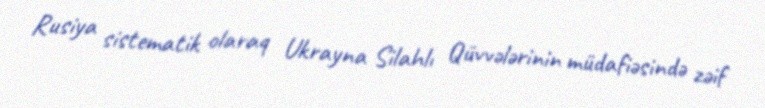
Rusiya sistematik olaraq Ukrayna Silahlı Qüvvələrinin müdafiəsində zəif